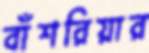
বাঁশরিয়ার